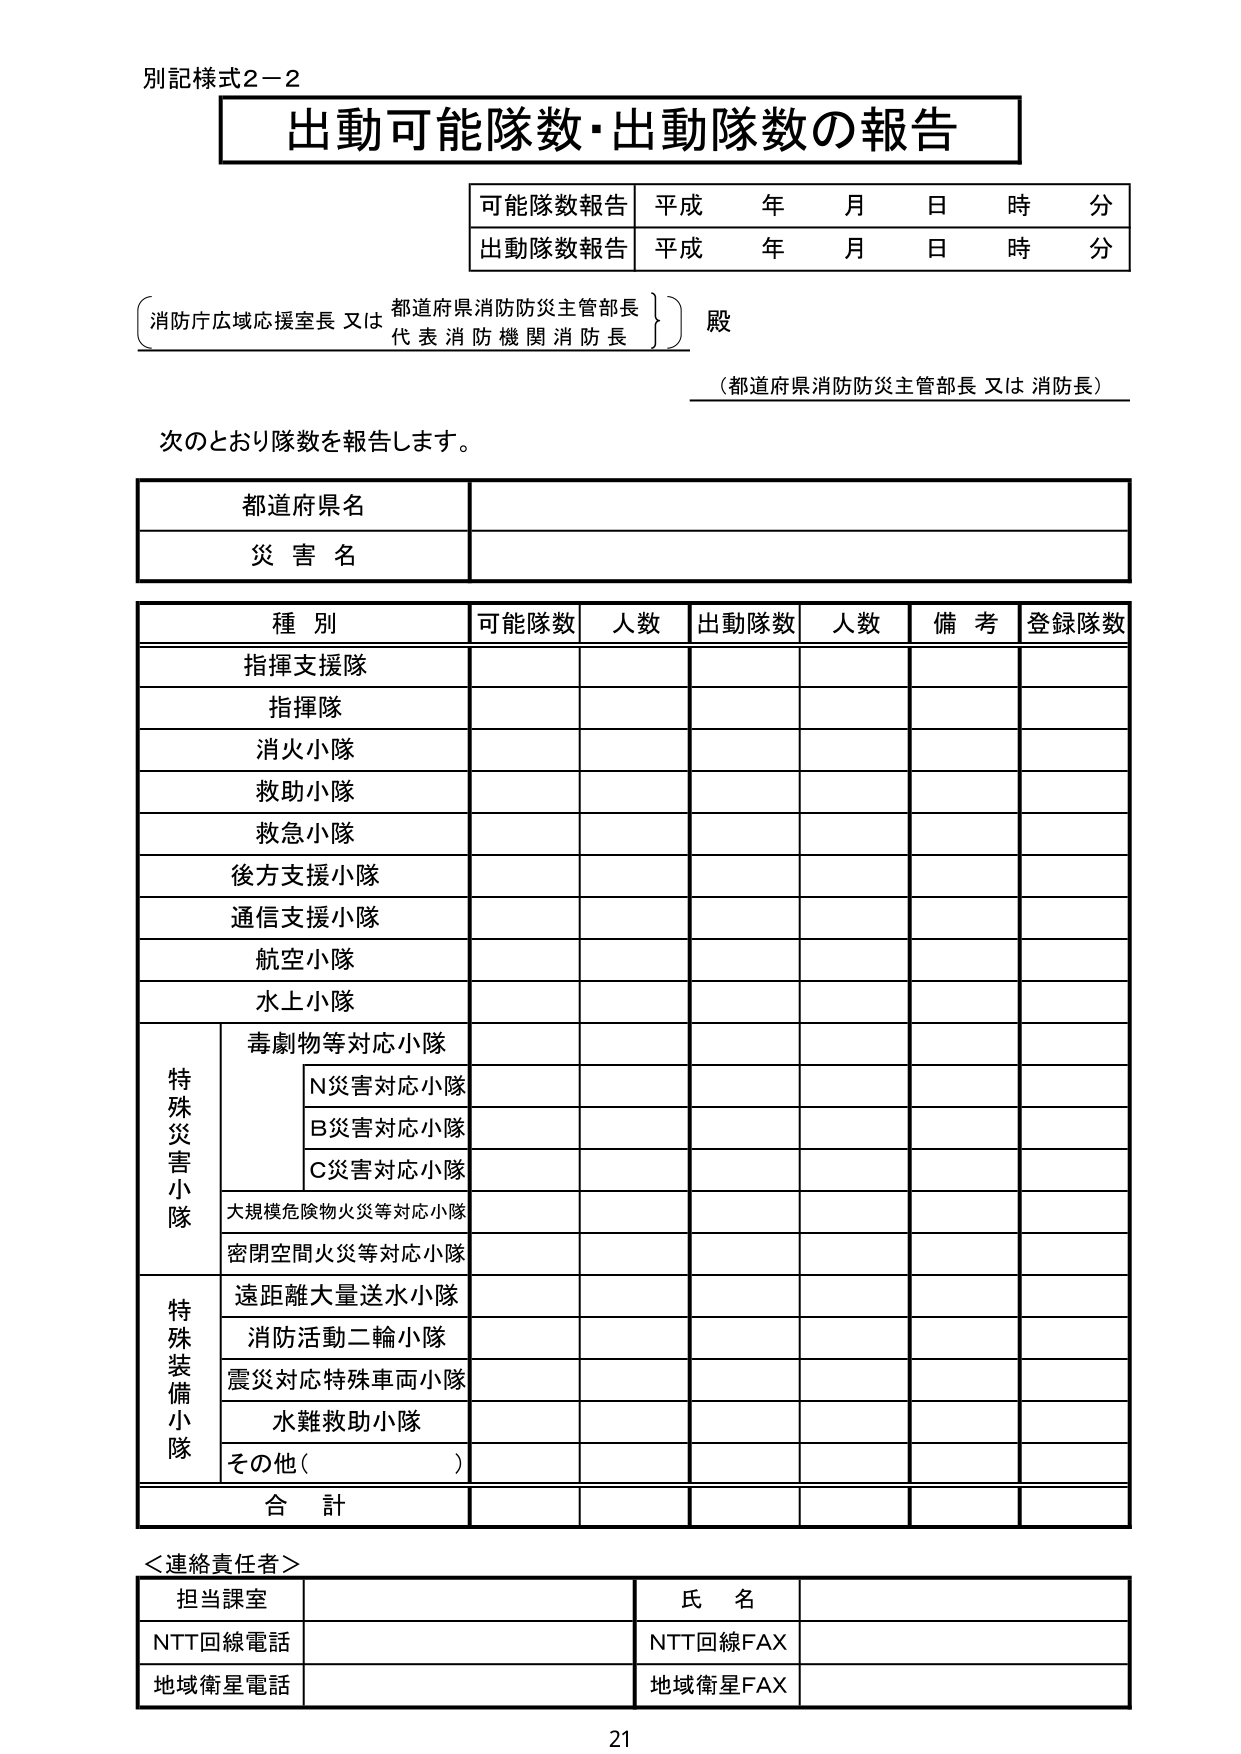
別記様式2-2
出動可能隊数・出動隊数の報告

可能隊数報告 平成 年 月 日 時 分
出動隊数報告 平成 年 月 日 時 分

（消防庁広域応援室長 又は 都道府県消防防災主管部長）
（代表消防機関消防長） 殿
（都道府県消防防災主管部長 又は 消防長）

次のとおり隊数を報告します。

都道府県名
災害名

種別 可能隊数 人数 出動隊数 人数 備考 登録隊数
指揮支援隊
指揮隊
消火小隊
救助小隊
救急小隊
後方支援小隊
通信支援小隊
航空小隊
水上小隊
特殊災害小隊
　毒劇物等対応小隊
　　N災害対応小隊
　　B災害対応小隊
　　C災害対応小隊
　大規模危険物火災等対応小隊
　密閉空間火災等対応小隊
特殊装備小隊
　遠距離大量送水小隊
　消防活動二輪小隊
　震災対応特殊車両小隊
　水難救助小隊
　その他（　　　　）
合計

＜連絡責任者＞
担当課室 氏名
NTT回線電話 NTT回線FAX
地域衛星電話 地域衛星FAX

21